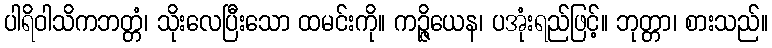
ပါရိဝါသိကဘတ္တံ၊ သိုးလေပြီးသော ထမင်းကို။ ကဉ္ဇိယေန၊ ပအုံးရည်ဖြင့်။ ဘုတ္တာ၊ စားသည်။